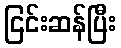
ငြင်းဆန်ပြီး